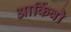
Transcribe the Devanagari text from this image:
आर्किवो